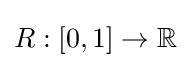
R:[0,1]\rightarrow \mathbb {R}